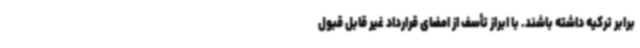
برابر ترکیه داشته باشند. با ابراز تأسف از امضای قرارداد غیر قابل قبول